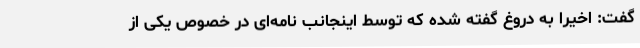
گفت: اخیراً به دروغ گفته شده که توسط اینجانب نامه‌ای در خصوص یکی از